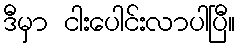
ဒီမှာ ငါးပေါင်းလာပါပြီ။